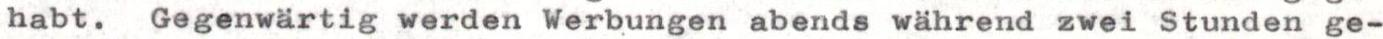
habt. Gegenwärtig werden Werbungen abends während zwei Stunden ge-